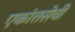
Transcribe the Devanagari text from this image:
एकांतसेवी